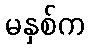
မနှစ်က